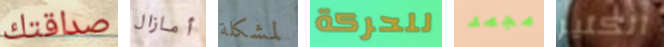
صداقتك أمازال لمشكلة للحركة مجمد الكثير